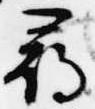
尋